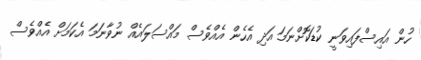
ހުން އައިސްފައިވަނީ ކުޑަކޮށްނަމަ އަދި އެހެން އެއްވެސް މައްސަލައެއް ނުވާނަމަ އެކަމަށް އެއްވެސް